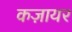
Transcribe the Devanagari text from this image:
कज़ायर